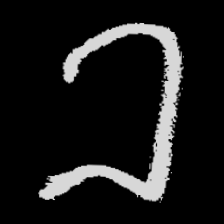
Pyu character \u2014 Myanmar letter: ခ (romanized: kha)